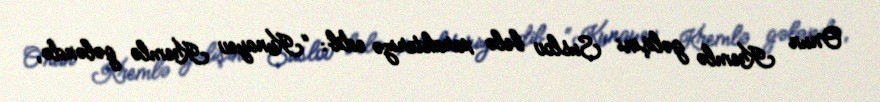
Onun Kremlə gəlişini Suslov belə xarakterizə edib: “Kunayev Kremlə gələndə,